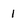
Character: I